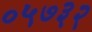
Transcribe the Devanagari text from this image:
०५७३२